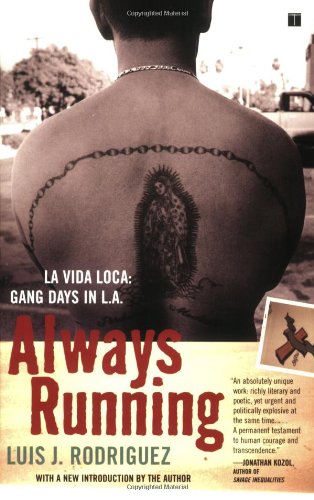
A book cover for Always Running: La Vida Loca: Gang Days in L.A.; Luis J. Rodriguez; Biographies & Memoirs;